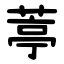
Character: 葶